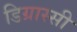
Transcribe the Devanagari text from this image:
डिग्रास्सी